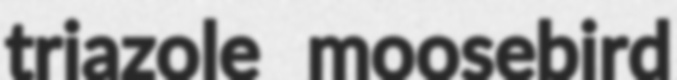
triazole moosebird